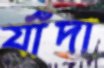
র্যাঁদা